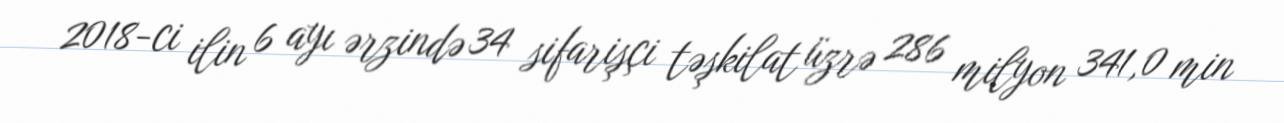
2018-ci ilin 6 ayı ərzində 34 sifarişçi təşkilat üzrə 286 milyon 341,0 min